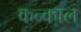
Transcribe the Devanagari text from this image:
कन्काल